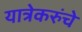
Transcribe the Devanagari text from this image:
यात्रेकरुंचे